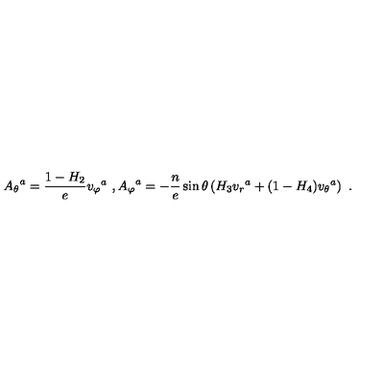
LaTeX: { A _ { \theta } } ^ { a } = \frac { 1 - H _ { 2 } } { e } { v _ { \varphi } } ^ { a } \ , { A _ { \varphi } } ^ { a } = - \frac { n } { e } \sin \theta \left( H _ { 3 } { v _ { r } } ^ { a } + ( 1 - H _ { 4 } ) { v _ { \theta } } ^ { a } \right) \ .